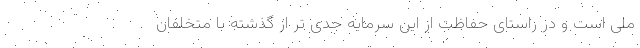
ملی است و در راستای حفاظت از این سرمایه جدی تر از گذشته با متخلفان